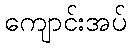
ကျောင်းအပ်